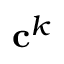
\mathbf { c } ^ { k }